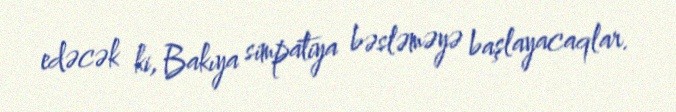
edəcək ki, Bakıya simpatiya bəsləməyə başlayacaqlar.